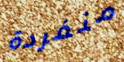
منفردة